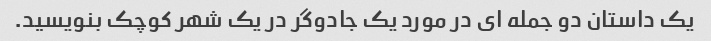
یک داستان دو جمله ای در مورد یک جادوگر در یک شهر کوچک بنویسید.